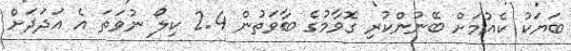
ބަޔަކު ކެއުމަށް ބޭނުންކުރި ގޮވާމުގެ ބާވަތުން 2.4 ކިލޯ ނުވަތަ އެ އަދަދަށް